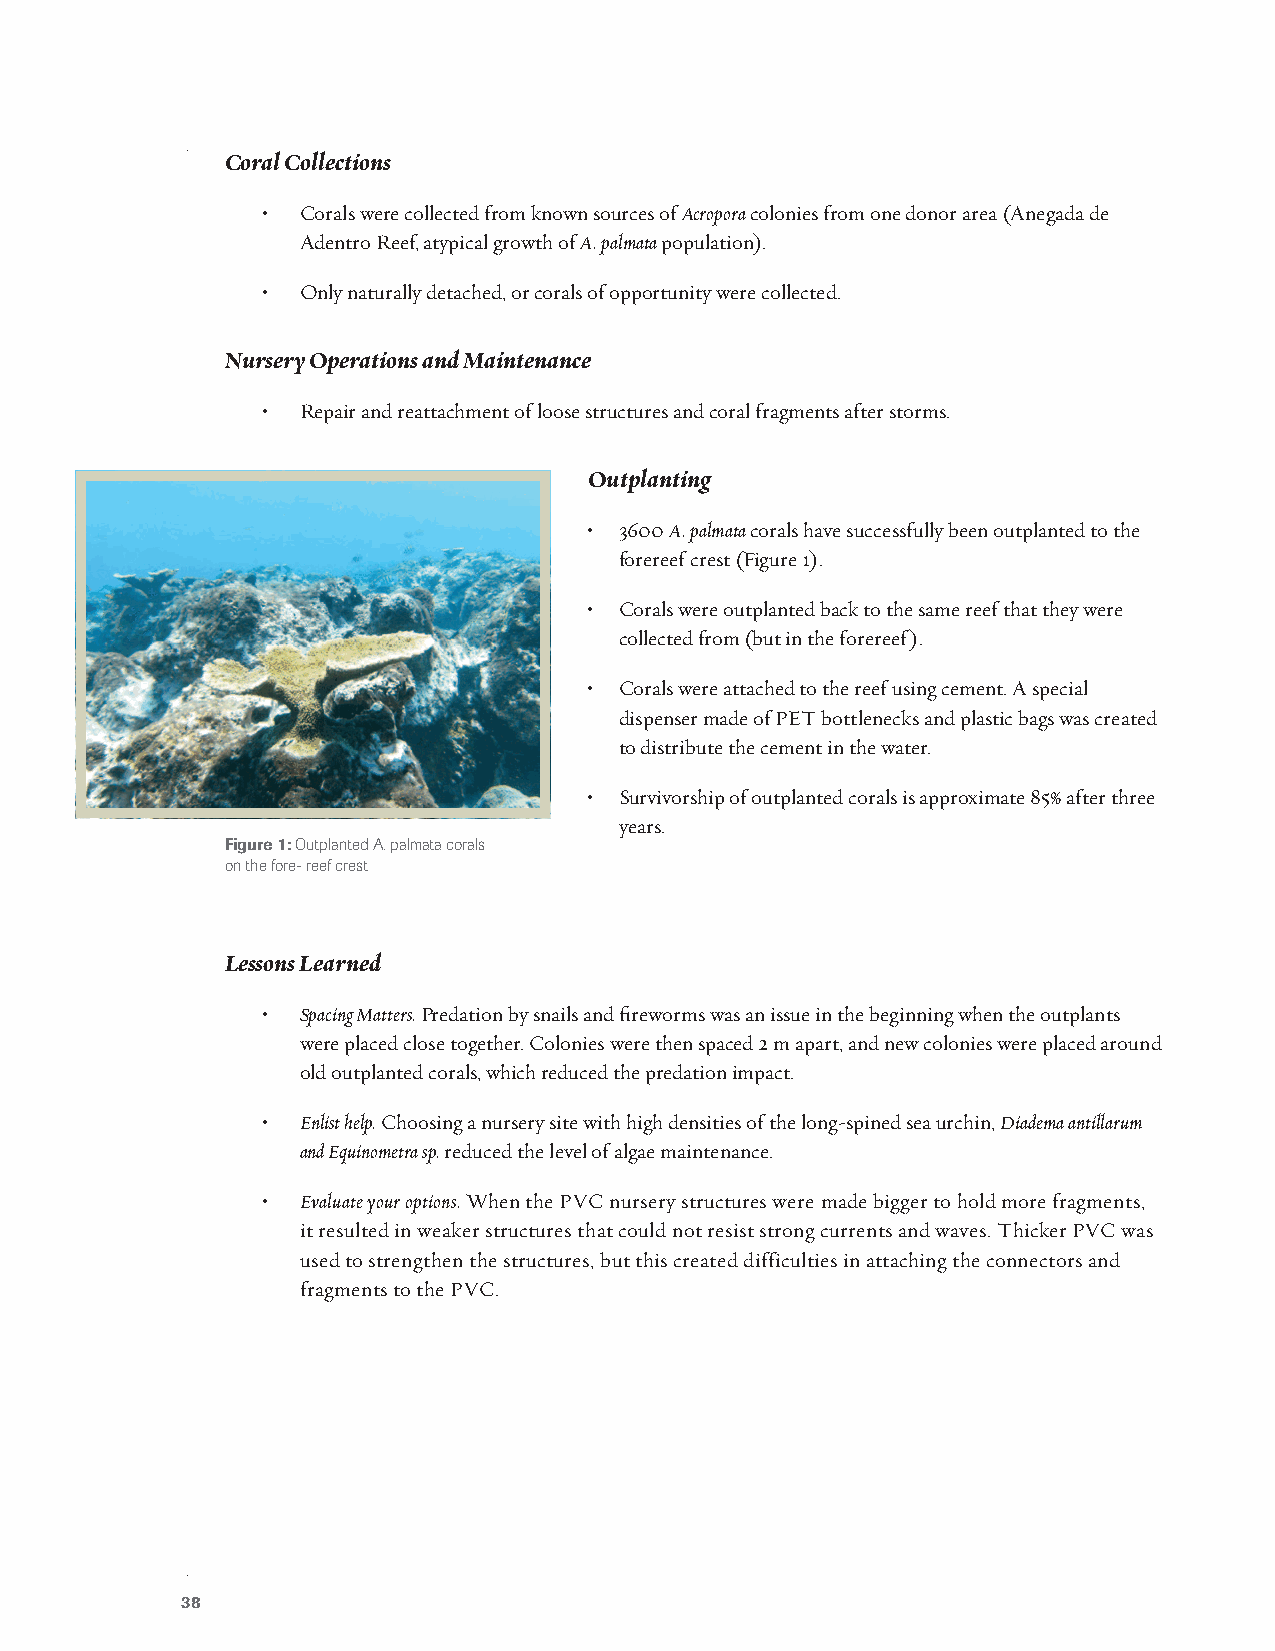
Coral Collections
 •  Corals were collected from known sources of Acropora colonies from one donor area (Anegada de
 Adentro Reef, atypical growth of A. palmata population).
 •  Only naturally detached, or corals of opportunity were collected.
 Nursery Operations and Maintenance
 •  Repair and reattachment of loose structures and coral fragments after storms.
 Outplanting
 • 3600 A. palmata corals have successfully been outplanted to the
 forereef crest (Figure 1).
 • Corals were outplanted back to the same reef that they were
 collected from (but in the forereef).
 • Corals were attached to the reef using cement. A special
 dispenser made of PET bottlenecks and plastic bags was created
 to distribute the cement in the water.
 • Survivorship of outplanted corals is approximate 85% after three
 years.
 Figure 1: Outplanted A. palmata corals
 on the fore- reef crest
 Lessons Learned
 •  Spacing Matters. Predation by snails and fireworms was an issue in the beginning when the outplants
 were placed close together. Colonies were then spaced 2 m apart, and new colonies were placed around
 old outplanted corals, which reduced the predation impact.
 •  Enlist help. Choosing a nursery site with high densities of the long-spined sea urchin, Diadema antillarum
 and Equinometra sp. reduced the level of algae maintenance.
 •  Evaluate your options. When the PVC nursery structures were made bigger to hold more fragments,
 it resulted in weaker structures that could not resist strong currents and waves. Thicker PVC was
 used to strengthen the structures, but this created difficulties in attaching the connectors and
 fragments to the PVC.
 38